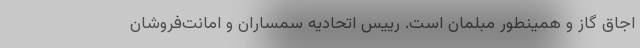
اجاق گاز و همینطور مبلمان است. رییس اتحادیه سمساران و امانت‌فروشان